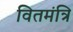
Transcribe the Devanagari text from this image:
वितमंत्रि